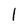
Character: l